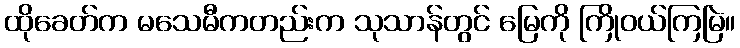
ထိုခေတ်က မသေမီကတည်းက သုသာန်တွင် မြေကို ကြိုဝယ်ကြမြဲ။